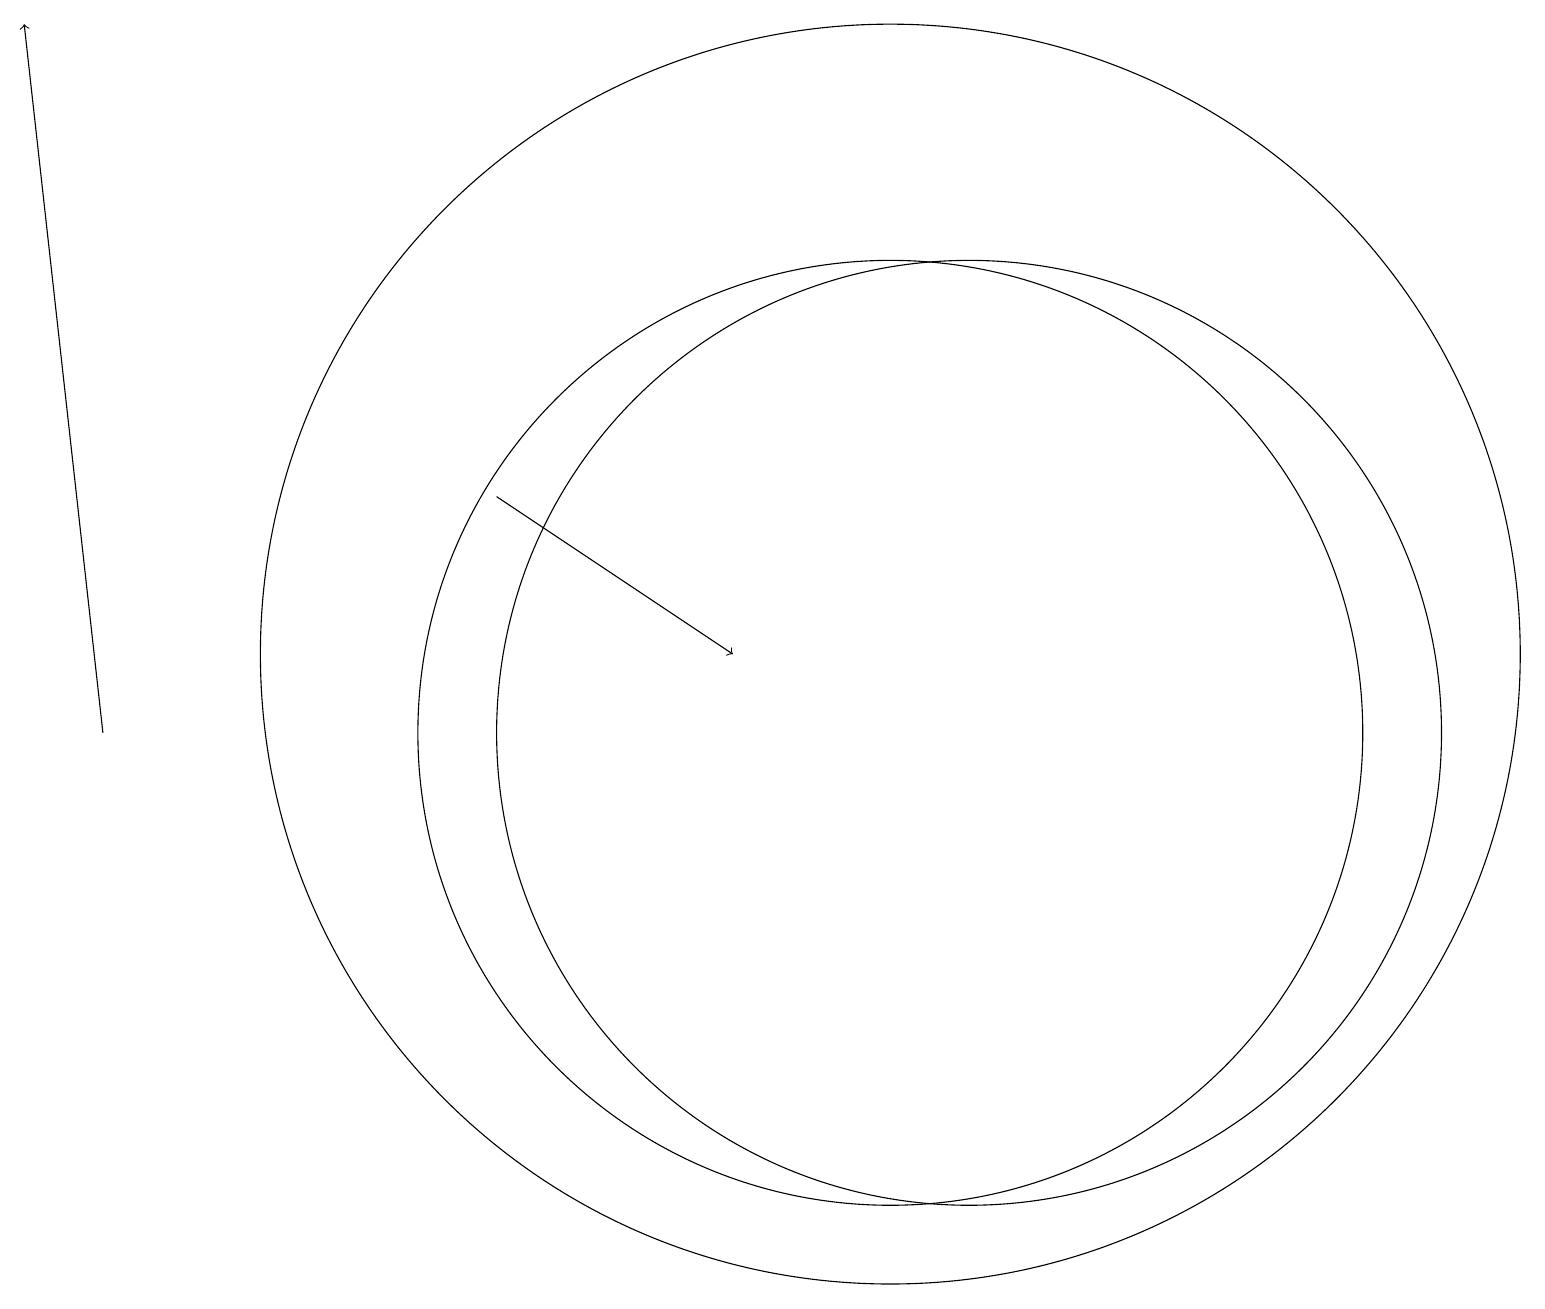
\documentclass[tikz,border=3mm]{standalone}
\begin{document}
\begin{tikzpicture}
\draw (12,10) circle (6);
\draw (11,11) circle (8);
\draw[->] (1,10) -- (0,19);
\draw[->] (6,13) -- (9,11);
\draw (11,10) circle (6);
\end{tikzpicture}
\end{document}